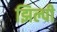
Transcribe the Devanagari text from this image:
झिल्पी